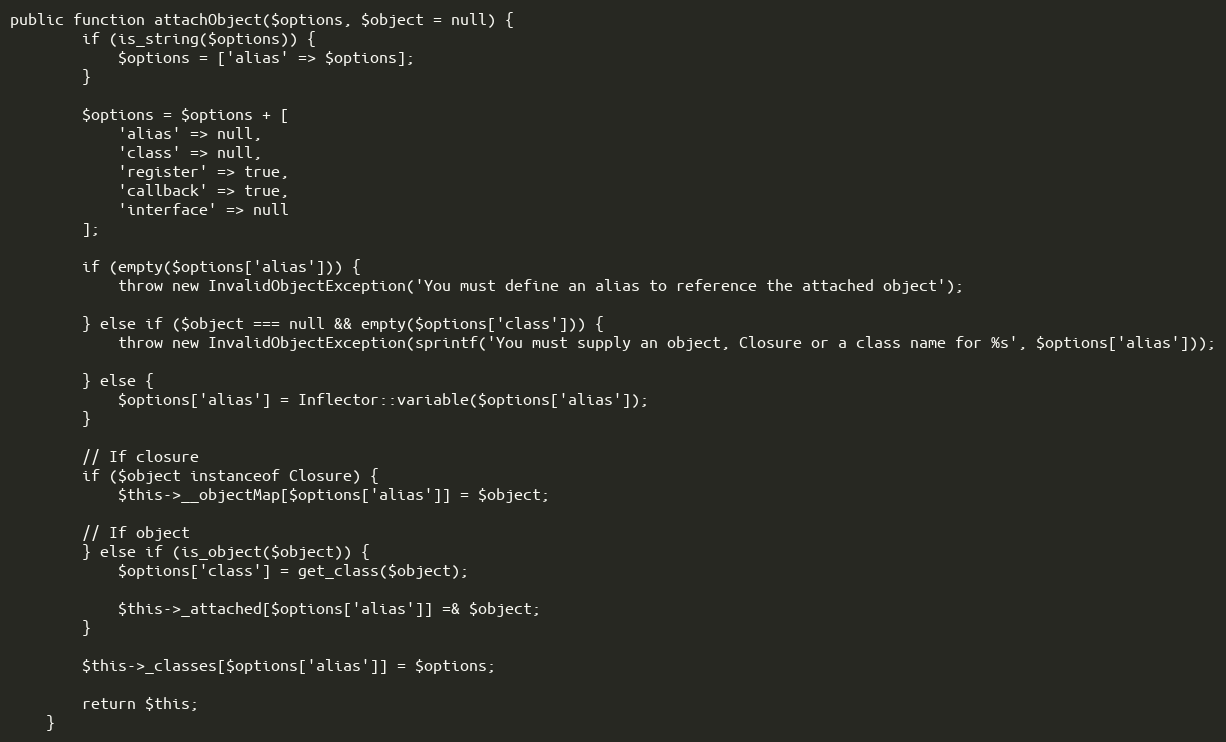
Language: PHP
public function attachObject($options, $object = null) {
        if (is_string($options)) {
            $options = ['alias' => $options];
        }

        $options = $options + [
            'alias' => null,
            'class' => null,
            'register' => true,
            'callback' => true,
            'interface' => null
        ];

        if (empty($options['alias'])) {
            throw new InvalidObjectException('You must define an alias to reference the attached object');

        } else if ($object === null && empty($options['class'])) {
            throw new InvalidObjectException(sprintf('You must supply an object, Closure or a class name for %s', $options['alias']));

        } else {
            $options['alias'] = Inflector::variable($options['alias']);
        }

        // If closure
        if ($object instanceof Closure) {
            $this->__objectMap[$options['alias']] = $object;

        // If object
        } else if (is_object($object)) {
            $options['class'] = get_class($object);

            $this->_attached[$options['alias']] =& $object;
        }

        $this->_classes[$options['alias']] = $options;

        return $this;
    }